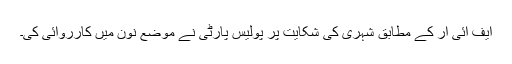
ایف آئی آر کے مطابق شہری کی شکایت پر پولیس پارٹی نے موضع نون میں کارروائی کی۔